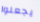
يجعلوا